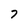
Character: 7